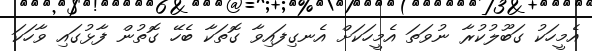
އެމީހަކު ގަބޫލުކުރާ ނުވަތަ އެމީހަކަށް އެނގިފައިވާ ގޮތަކާ ބެހޭ ގޮތުން ފާޅުގައި ވާހަކަ